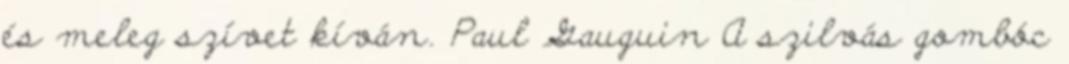
és meleg szívet kíván. Paul Gauguin A szilvás gombóc